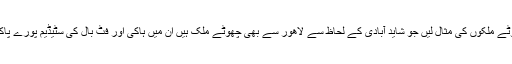
اس طرح اگر آپ ہالینڈ اور کویت جیسے چھوٹے ملکوں کی مثال لیں جو شاید آبادی کے لحاظ سے لاھور سے بھی چھوٹے ملک ہیں ان میں ہاکی اور فٹ بال کی سٹیڈیم پورے پاکستان میں موجود سٹیڈیمز سے بھی زیادہ ہیں۔